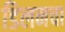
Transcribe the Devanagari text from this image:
डिलनचा